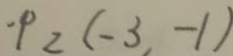
\cdot P _ { 2 } ( - 3 , - 1 )